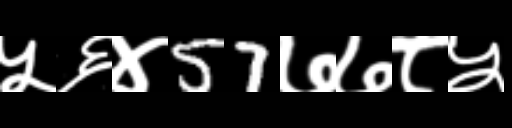
Text: ५६४57७७८५